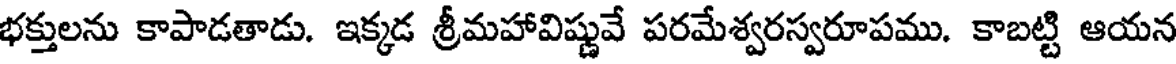
భక్తులను కాపాడతాడు. ఇక్కడ శ్రీమహావిష్ణువే పరమేశ్వరస్వరూపము. కాబట్టి ఆయన